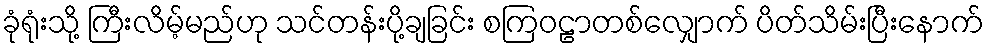
ခုံရုံးသို့ ကြီးလိမ့်မည်ဟု သင်တန်းပို့ချခြင်း စကြဝဠာတစ်လျှောက် ပိတ်သိမ်းပြီးနောက်